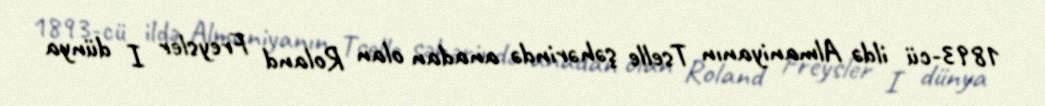
1893-cü ildə Almaniyanın Tselle şəhərində anadan olan Roland Freysler I dünya